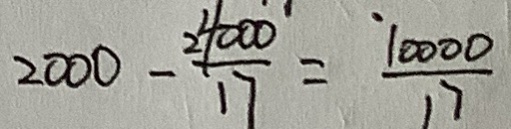
2 0 0 0 - \frac { 2 4 0 0 0 } { 1 7 } = \frac { 1 0 0 0 0 } { 1 7 }